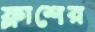
ফ্লাশের